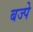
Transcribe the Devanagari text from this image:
बज्पे